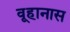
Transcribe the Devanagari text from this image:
वूहानास